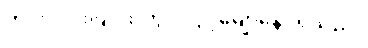
ဟင်းလင်းပြင်ထဲတွင် လွင့်မျောနေပုံရသည်။